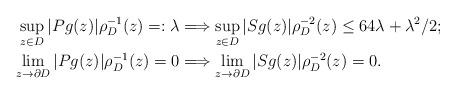
LaTeX: \begin{align*}\sup_{z \in D} |Pg(z)|\rho_D^{-1}(z) =: \lambda & \Longrightarrow \sup_{z \in D} |Sg(z)|\rho_D^{-2}(z) \leq 64\lambda + \lambda^2/2;\\\lim_{z \to \partial D} |Pg(z)|\rho_D^{-1}(z) = 0 &\Longrightarrow \lim_{z \to \partial D} |Sg(z)|\rho_D^{-2}(z) = 0. \end{align*}